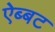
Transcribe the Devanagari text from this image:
ऐब्बट